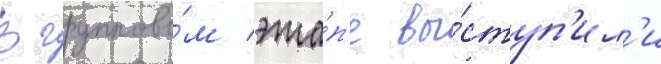
В группово́м эта́п'е вы́ступ'ил'и